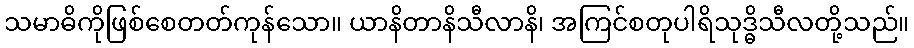
သမာဓိကိုဖြစ်စေတတ်ကုန်သော။ ယာနိတာနိသီလာနိ၊ အကြင်စတုပါရိသုဒ္ဓိသီလတို့သည်။